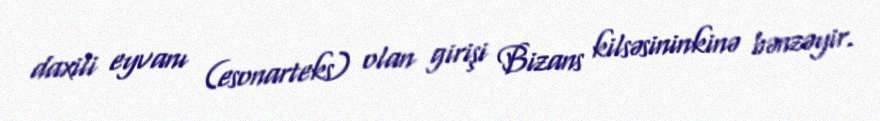
daxili eyvanı (esonarteks) olan girişi Bizans kilsəsininkinə bənzəyir.